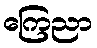
ကြေညာ